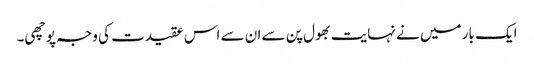
ایک بار میں نے نہایت بھول پن سے ان سے اس عقیدت کی وجہ پوچھی۔